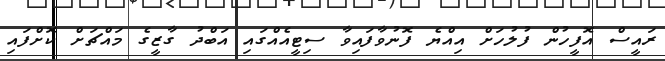
ރައީސް އޮފީހުން ފުލުހަށް އިއްޔެ ފޮނުވާފައިވާ ސިޓީއެއްގައި އަބްދު ގާޒީގެ މައްޗަށް ކޮށްފައި